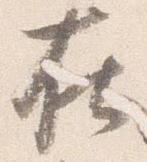
在